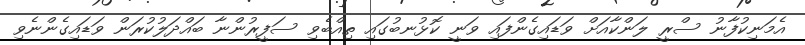
އެމަނިކުފާނު ސްރީ ލަންކާއަށް ވަޑައިގެންފައި ވަނީ ކޮޅުނބުގައި ތިއްބެވި ސަފީރުންނާ ބައްދަލުކުރަން ވަޑައިގެންނެވި